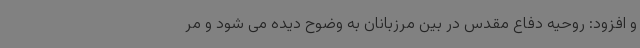
و افزود: روحیه دفاع مقدس در بین مرزبانان به وضوح دیده می شود و مر